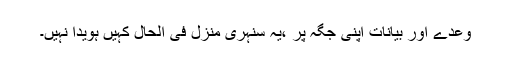
وعدے اور بیانات اپنی جگہ پر ،یہ سنہری منزل فی الحال کہیں ہویدا نہیں۔